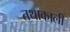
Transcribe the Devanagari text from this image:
तथाकाली